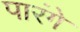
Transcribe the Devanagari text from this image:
पारंगे